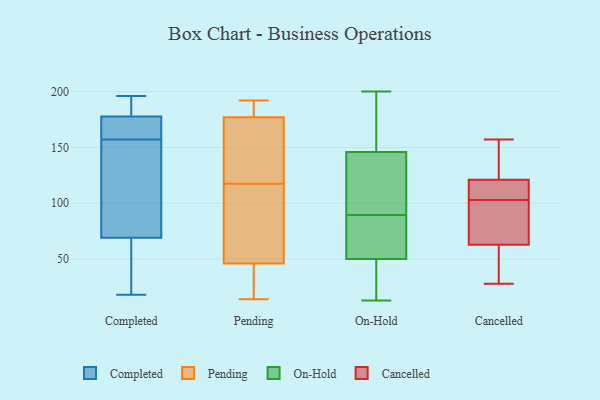
{"axis": {"x": "Waste Production (Tons)", "y": "Value"}, "legend": ["Cancelled", "Completed", "On-Hold", "Pending"], "data": [{"x": "", "y": 194, "type": "Completed"}, {"x": "", "y": 63, "type": "Completed"}, {"x": "", "y": 73, "type": "Completed"}, {"x": "", "y": 157, "type": "Completed"}, {"x": "", "y": 175, "type": "Completed"}, {"x": "", "y": 186, "type": "Completed"}, {"x": "", "y": 18, "type": "Completed"}, {"x": "", "y": 161, "type": "Completed"}, {"x": "", "y": 196, "type": "Completed"}, {"x": "", "y": 71, "type": "Completed"}, {"x": "", "y": 30, "type": "Completed"}, {"x": "", "y": 159, "type": "Completed"}, {"x": "", "y": 145, "type": "Completed"}, {"x": "", "y": 14, "type": "Pending"}, {"x": "", "y": 91, "type": "Pending"}, {"x": "", "y": 144, "type": "Pending"}, {"x": "", "y": 158, "type": "Pending"}, {"x": "", "y": 192, "type": "Pending"}, {"x": "", "y": 46, "type": "Pending"}, {"x": "", "y": 84, "type": "Pending"}, {"x": "", "y": 30, "type": "Pending"}, {"x": "", "y": 190, "type": "Pending"}, {"x": "", "y": 177, "type": "Pending"}, {"x": "", "y": 146, "type": "On-Hold"}, {"x": "", "y": 100, "type": "On-Hold"}, {"x": "", "y": 138, "type": "On-Hold"}, {"x": "", "y": 160, "type": "On-Hold"}, {"x": "", "y": 88, "type": "On-Hold"}, {"x": "", "y": 200, "type": "On-Hold"}, {"x": "", "y": 13, "type": "On-Hold"}, {"x": "", "y": 76, "type": "On-Hold"}, {"x": "", "y": 80, "type": "On-Hold"}, {"x": "", "y": 162, "type": "On-Hold"}, {"x": "", "y": 21, "type": "On-Hold"}, {"x": "", "y": 91, "type": "On-Hold"}, {"x": "", "y": 32, "type": "On-Hold"}, {"x": "", "y": 50, "type": "On-Hold"}, {"x": "", "y": 103, "type": "Cancelled"}, {"x": "", "y": 75, "type": "Cancelled"}, {"x": "", "y": 47, "type": "Cancelled"}, {"x": "", "y": 85, "type": "Cancelled"}, {"x": "", "y": 106, "type": "Cancelled"}, {"x": "", "y": 157, "type": "Cancelled"}, {"x": "", "y": 121, "type": "Cancelled"}, {"x": "", "y": 31, "type": "Cancelled"}, {"x": "", "y": 108, "type": "Cancelled"}, {"x": "", "y": 121, "type": "Cancelled"}, {"x": "", "y": 28, "type": "Cancelled"}, {"x": "", "y": 68, "type": "Cancelled"}, {"x": "", "y": 138, "type": "Cancelled"}]}